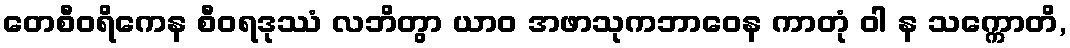
တေစီဝရိကေန စီဝရဒုဿံ လဘိတွာ ယာဝ အဖာသုကဘာဝေန ကာတုံ ဝါ န သက္ကောတိ,